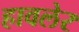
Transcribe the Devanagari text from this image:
हावलेर